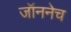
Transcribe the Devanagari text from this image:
जॉननेच